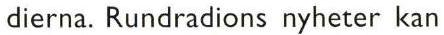
dierna. Rundradions nyheter kan